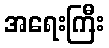
အရေးကြီး